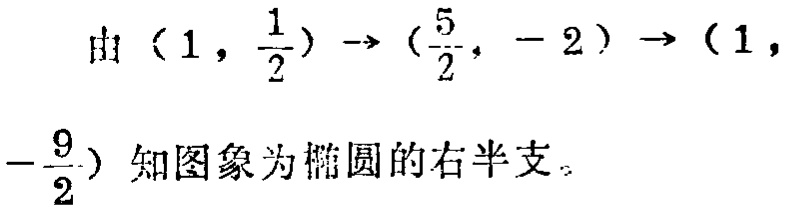
由\((1,\frac{1}{2})\to(\frac{5}{2}, - 2)\to(1,-\frac{9}{2})\)知图象为椭圆的右半支。